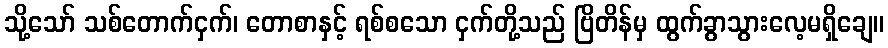
သို့သော် သစ်တောက်ငှက်၊ တောစာနှင့် ရစ်စသော ငှက်တို့သည် ဗြိတိန်မှ ထွက်ခွာသွားလေ့မရှိချေ။